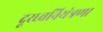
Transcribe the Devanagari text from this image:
दूरध्वनियंत्रणा